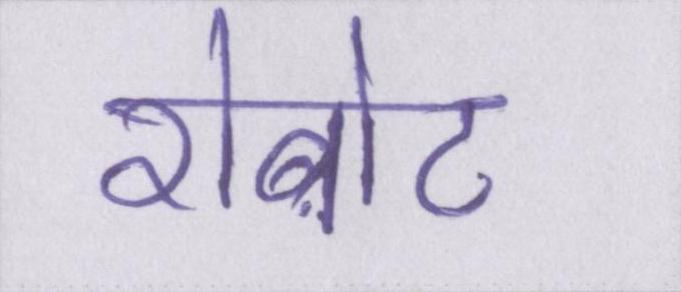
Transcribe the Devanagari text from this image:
रोबोट